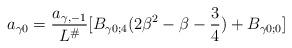
LaTeX: \begin{align*} a_{\gamma 0} = \frac{a_{\gamma, -1}}{L^{\#}}[ B_{\gamma 0;4} (2\beta^2 - \beta-\frac{3}{4}) + B_{\gamma 0;0} ]\end{align*}